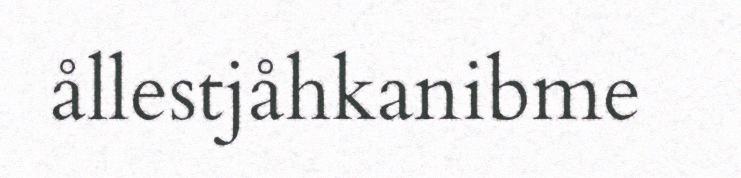
ållestjåhkanibme